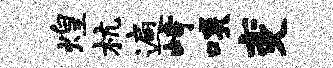
煌杭遍峙啖变